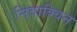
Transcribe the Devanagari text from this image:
निवाक्विन